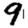
Digit: 9